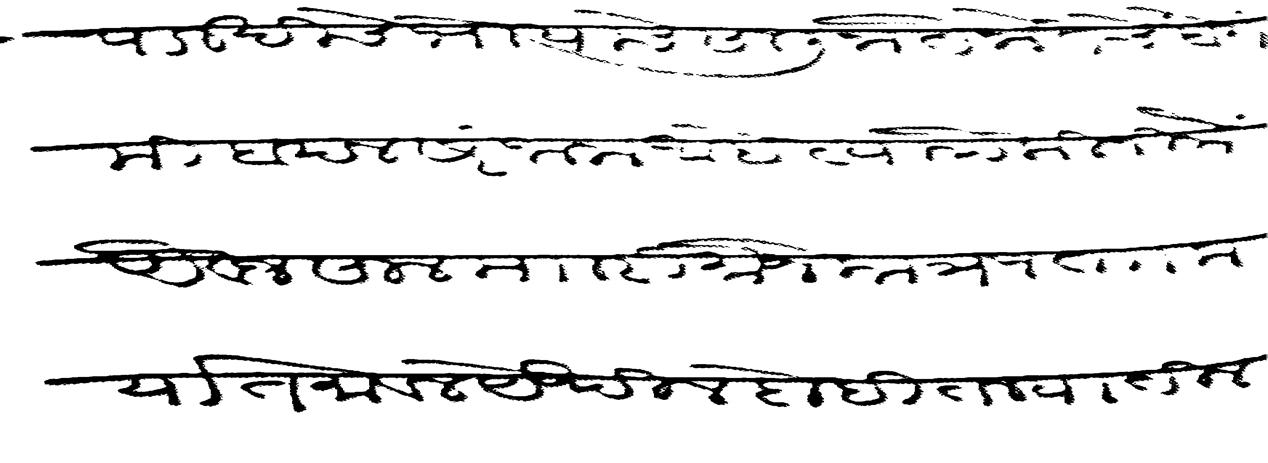
Transliteration (Devanagari): पालखीचे भोयाचे सालीना तैनातेचे बेगमी बदल सरंजाम आहे त्यापैकी निमे ऐवज साल मारी मौजे कात्रज ता कर्यात मावल येथील दोही तल्यातील